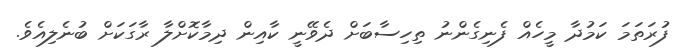
ފުރަތަމަ ކަމުދާ މީހެއް ފެނިގެންނު ތިހިސާބަށް ދެވޭނީ ކާއިން ދިމާކޮށްލާ ރާގަކަށް ބުނެލިއެވެ.